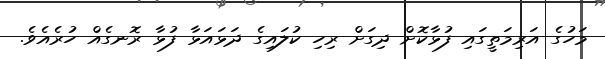
މަހުގެ އަރިމަތީގައި ފުޅާކޮށް ދިގަށް ރިހި ކުލައިގެ ދަޅައަޅާ ފުޅާ ރޮނގެއް ހުރެއެވެ.